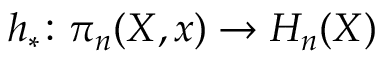
h _ { * } \colon \pi _ { n } ( X , x ) \to H _ { n } ( X )